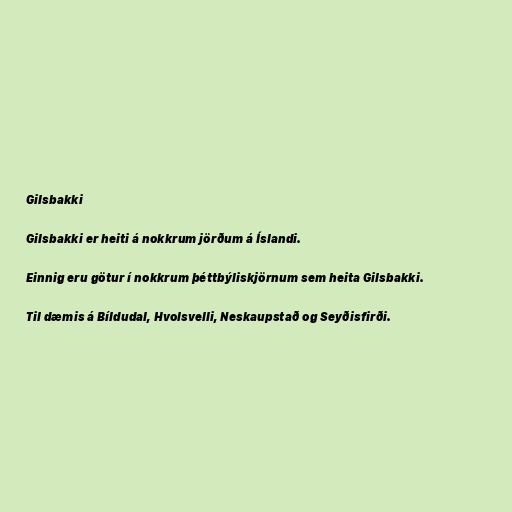
Gilsbakki

Gilsbakki er heiti á nokkrum jörðum á Íslandi.

Einnig eru götur í nokkrum þéttbýliskjörnum sem heita Gilsbakki.

Til dæmis á Bíldudal, Hvolsvelli, Neskaupstað og Seyðisfirði.